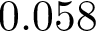
0 . 0 5 8